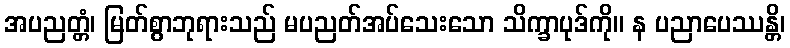
အပညတ္တံ၊ မြတ်စွာဘုရားသည် မပညတ်အပ်သေးသော သိက္ခာပုဒ်ကို။ န ပညာပေဿန္တိ၊